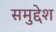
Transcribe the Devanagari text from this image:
समुद्देश